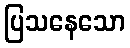
ပြသနေသော